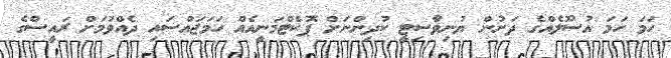
ހަމަ ހަމަ އުސޫލެއްގެ ދަށުން ޔުނިވާސިޓީ ކުދިންނަށް ޕޮކެޓްމަނީއެއް ހަމަޖައްސައި ދެއްވުމަށް ރައީސްގެ